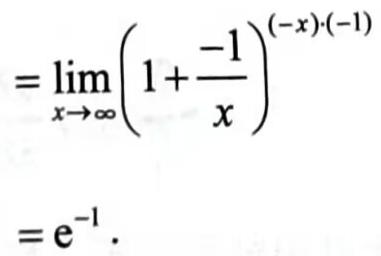
\[
\begin{align*}
&=\lim_{x\rightarrow\infty}\left(1+\frac{-1}{x}\right)^{(-x)\cdot(-1)}\\
&=\mathrm{e}^{-1}.
\end{align*}
\]